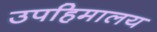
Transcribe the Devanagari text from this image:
उपहिमालय